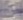
Text: 65%